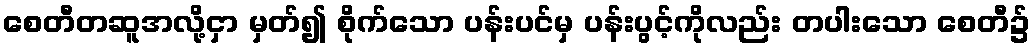
စေတီတဆူအလို့ငှာ မှတ်၍ စိုက်သော ပန်းပင်မှ ပန်းပွင့်ကိုလည်း တပါးသော စေတီ၌